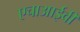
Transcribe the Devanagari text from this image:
एचाआईवी